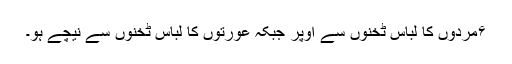
۶مردوں کا لباس ٹخنوں سے اوپر جبکہ عورتوں کا لباس ٹخنوں سے نیچے ہو۔